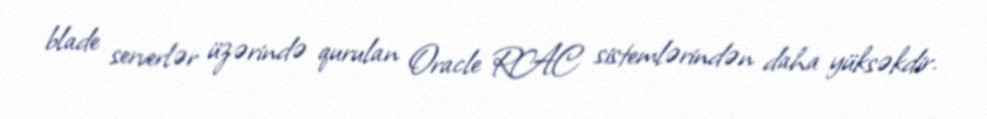
blade serverlər üzərində qurulan Oracle RAC sistemlərindən daha yüksəkdir.